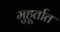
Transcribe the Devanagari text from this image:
मुहूर्तात